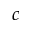
c